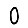
Digit: 0